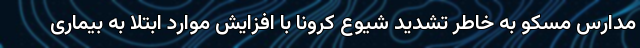
مدارسِ مسکو به خاطر تشدید شیوع کرونا با افزایش موارد ابتلا به بیماری